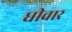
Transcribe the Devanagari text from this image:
धीवार